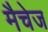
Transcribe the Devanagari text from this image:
मैचेज